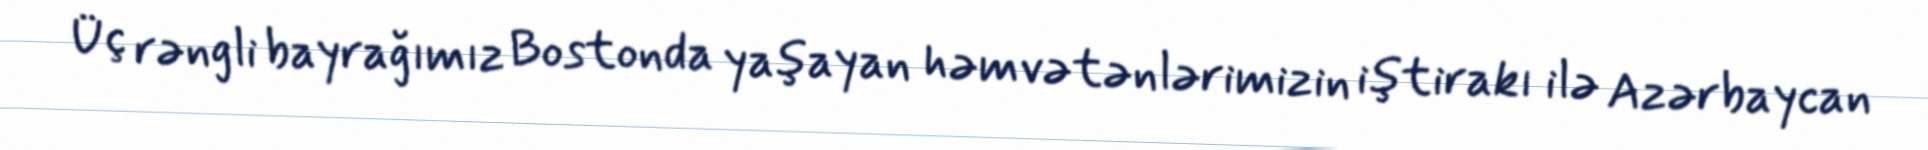
Üç rəngli bayrağımız Bostonda yaşayan həmvətənlərimizin iştirakı ilə Azərbaycan